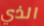
الذي